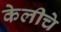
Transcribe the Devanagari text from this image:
केलीचे